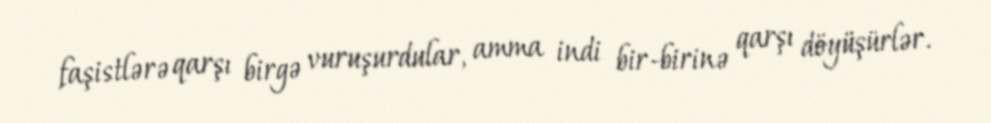
faşistlərə qarşı birgə vuruşurdular, amma indi bir-birinə qarşı döyüşürlər.